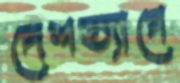
দেশত্যাগে